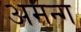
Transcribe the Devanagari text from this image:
अमन्ग